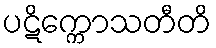
ပဋိက္ကောသတီတိ